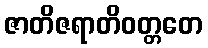
ဇာတိဇရာတိဝတ္တတေ